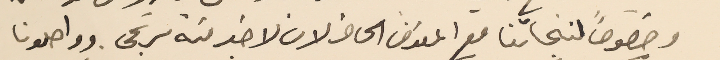
وخصوصاً لنجاتنا مع المفوض الحاضر لان لا خير منه يرتجى. وواصلونا